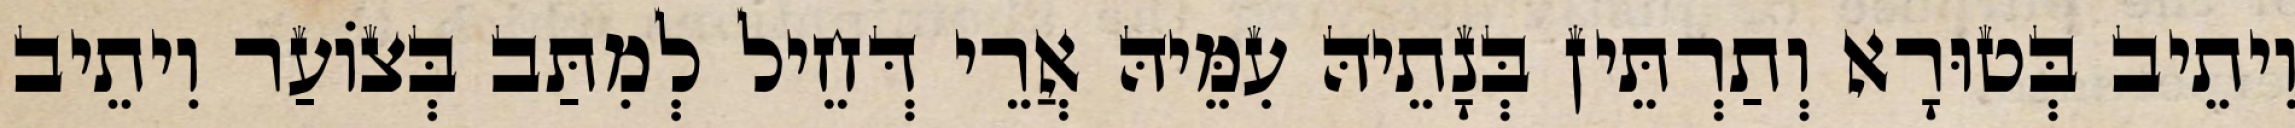
וִיתֵיב בְּטוּרָא וְתַרְתֵּין בְּנָתֵיהּ עִמֵּיהּ אֲרֵי דְּחֵיל לְמִתַּב בְּצוֹעַר וִיתֵיב